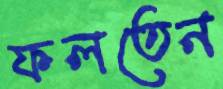
ফলতেন